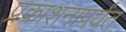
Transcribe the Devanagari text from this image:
प्रकाशनापर्यंत